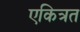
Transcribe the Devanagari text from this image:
एकित्रत